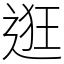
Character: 逛